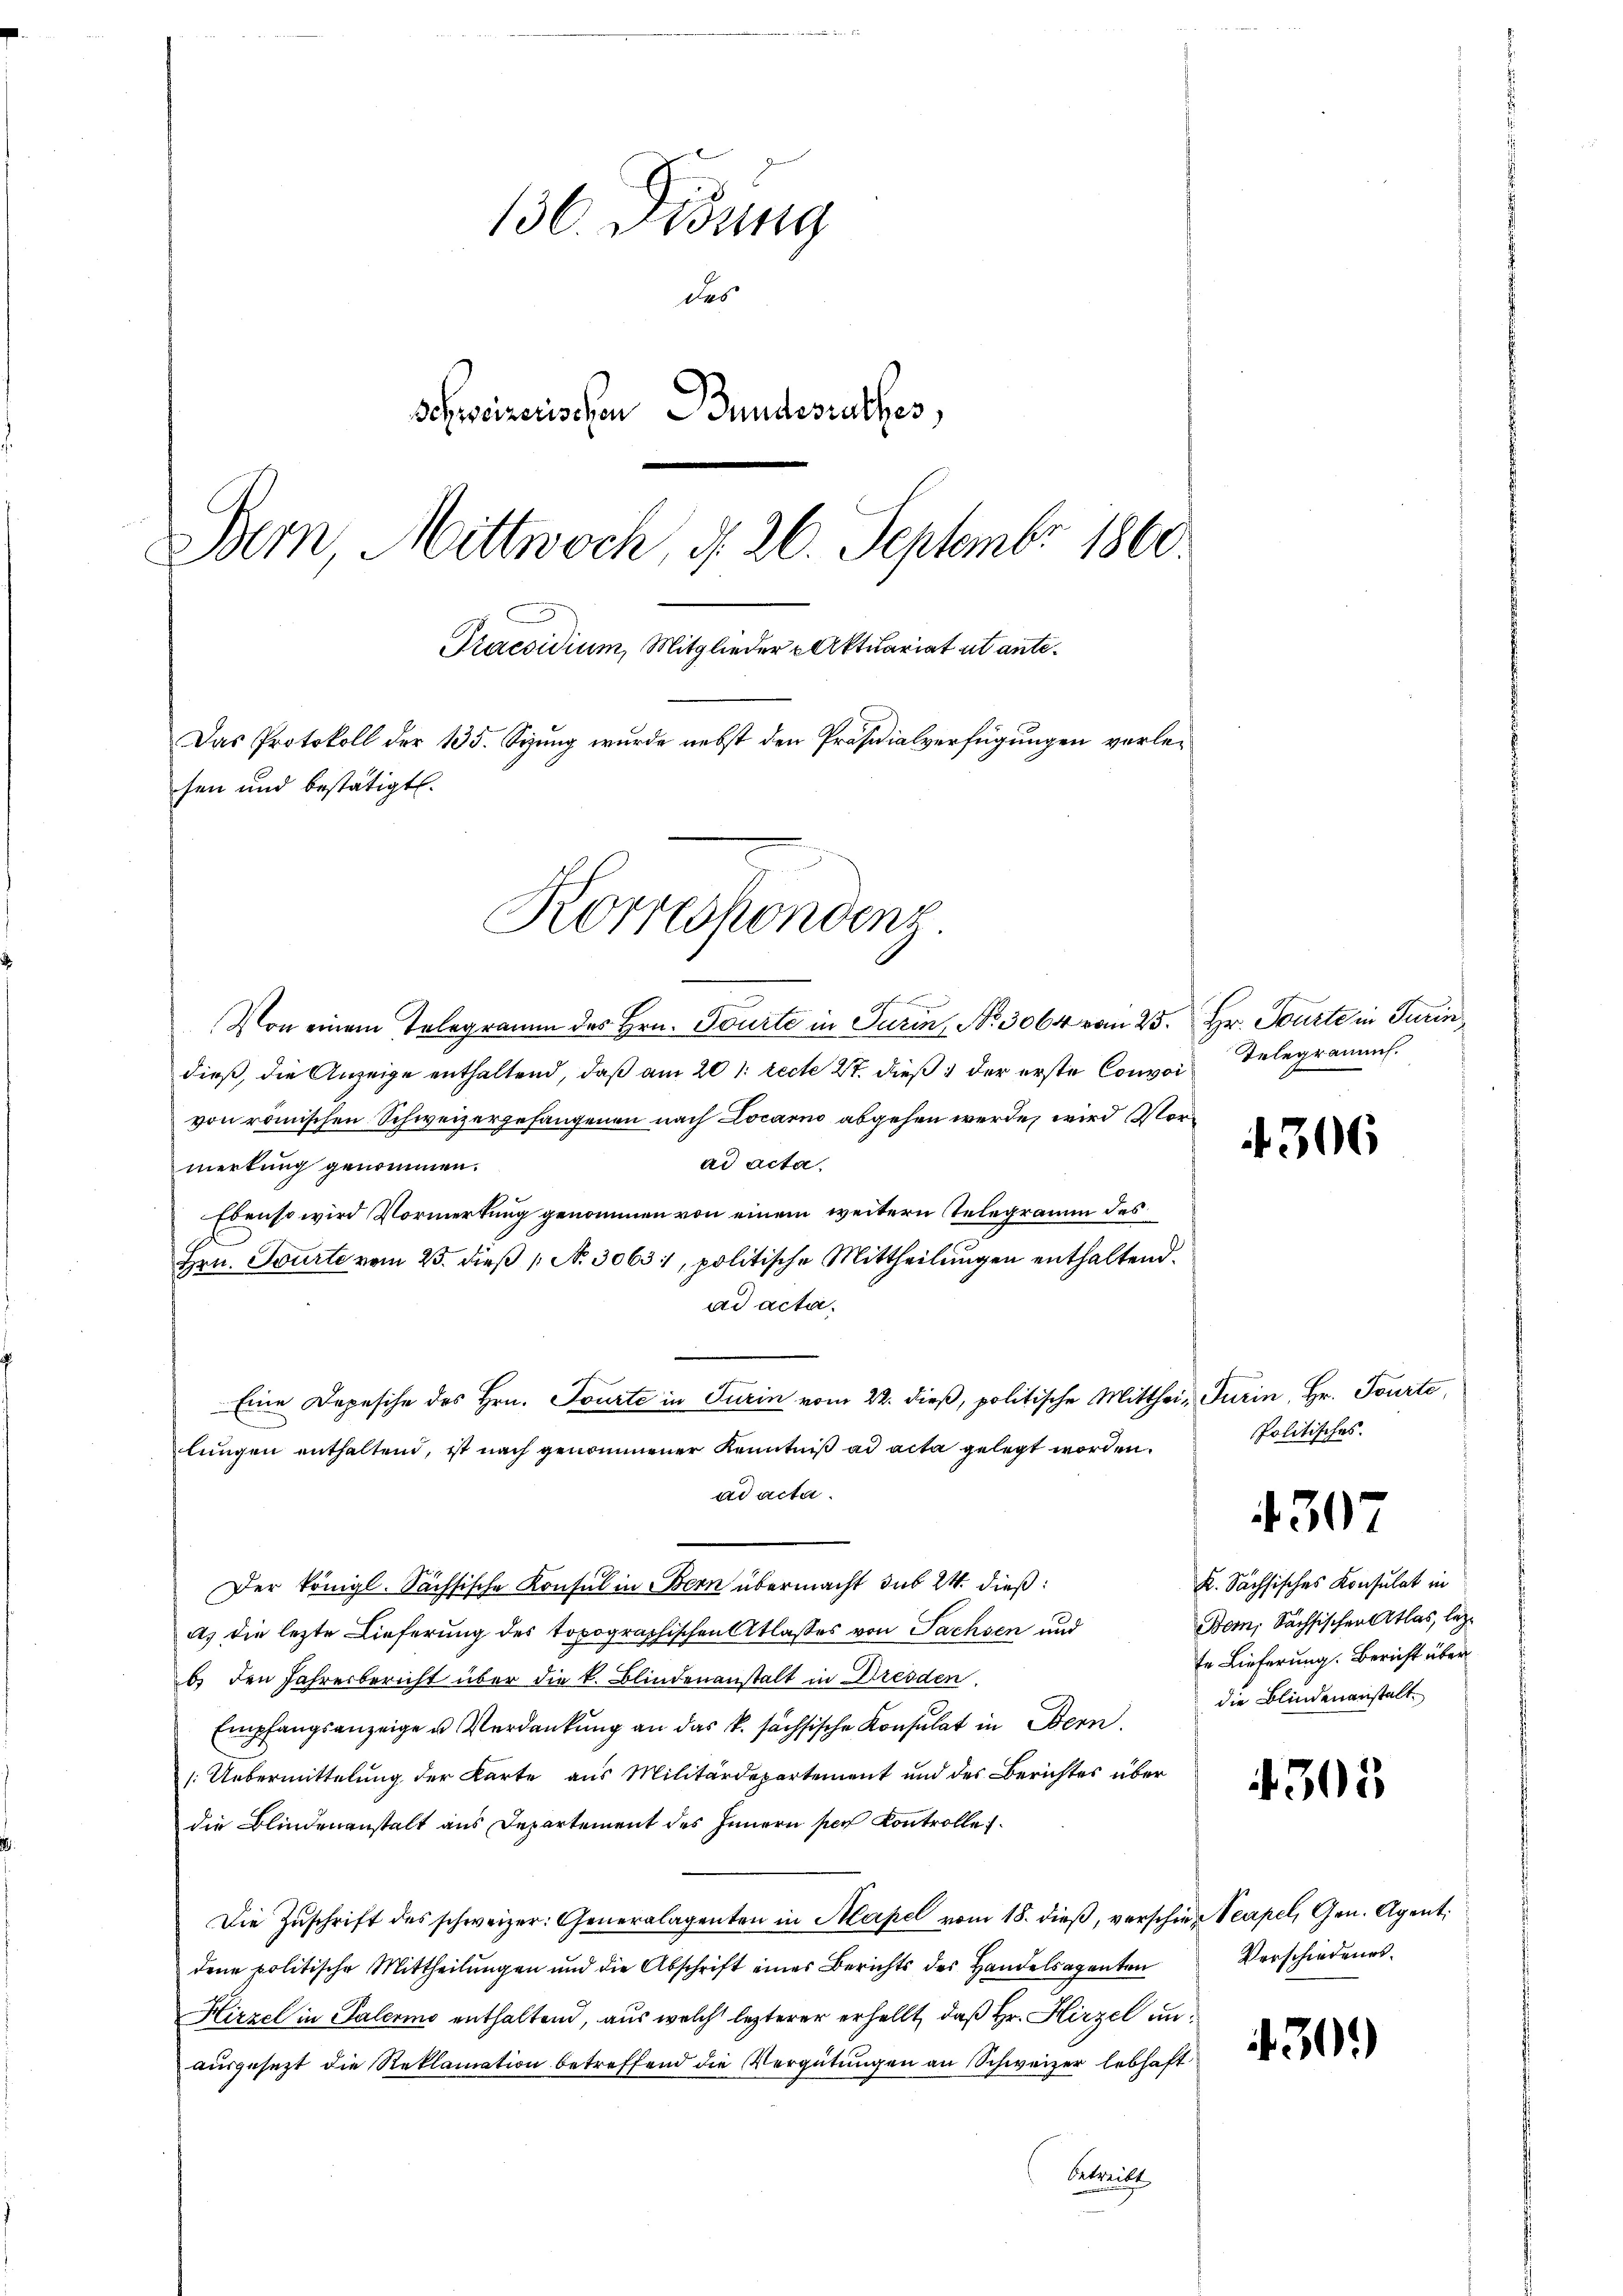
136. Didung
des
Schweizerischen Bundesrathes,
Bern Mittwoch, § 26. Septembr 1860
Praesidium, Mitglieder Aktuariat ut ante¬
Das Protokoll der 135. Sizung wurde nebst den Präsidialverfügungen vorlesen und bestätigt.
Korrespondenz.

Von einem Telegramm des Hrn. Tourte in Turin, No. 3064 vom 25. Hr. Tourte in Turin,
dieß, die Anzeige enthaltend, daß am 20. recte 27. dieß der erste Convoi
von römischen Schweizergefangenen nach Locarno abgehen werde, wird Vorad acta.
merkung genommen.
Ebenso wird Vormerkung genommen von einem weitern Telegramm des
Hrn. Tourte vom 25. dieβ  N. 3063:, politische Mittheilungen enthaltend.
ad acta,
Eine Depesche des Hrn. Tourte in Turin vom 22. dieß, politische Mitthei-Turin, Hr. Tourte,
lungen enthaltend, ist nach genommener Kenntniß ad acta gelegt worden.
ad acta.
Der Königl. Sächsische Konsul in Bern übermacht sub 24. dieß
a) die lezte Lieferung des topographischen Atlasses von Sachsen und
b) den Jahresbericht über die k. Blindenanstalt in Dresden.
Empfangsanzeige u. Verdankung an das k. sächsische Konsulat in Bern.
[Uebermittelung der Karte aus Militärdepartement und des Berichtes über
die Blindenanstalt aus Departement des Innern per Kontrolle.
Die Zŭschrift des schweizer: Generalagenten in Mapel vom 18. dieβ, verschien Neapel, Gen. Agent
dene politische Mittheilŭngen und die Abschrift eines Berichts der Handelsagenten
Hirzel in Palermo enthaltend, aus welch lezterer erhellt, daß Hr. Hirzel unausgesezt die Reklamation betreffend die Vergütungen an Schweizer lebhaft
betreibt

Telegramms.

306

Politisches.

30

K. Sächsisches Konsulat in
Bem, Sächsischen Atlas, lezte Lieferung. Bericht über
die Blindenanstalt

303

Verschiedenes.

1301)